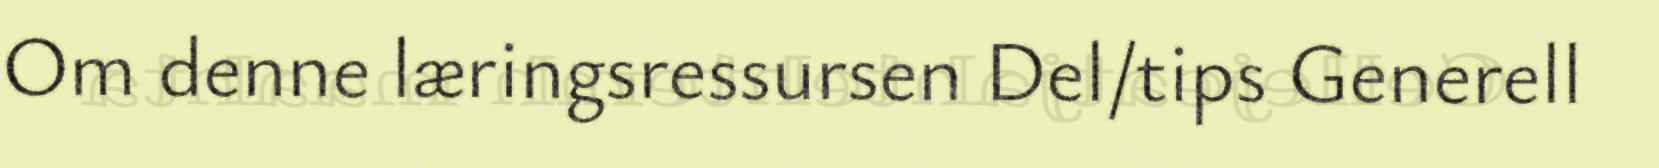
Om denne læringsressursen Del/tips Generell